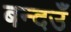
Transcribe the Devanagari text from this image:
बन्दउँ